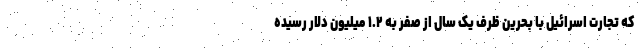
که تجارت اسرائیل با بحرین ظرف یک سال از صفر به ۱.۲ میلیون دلار رسیده